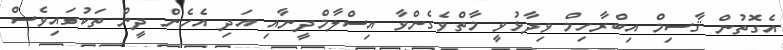
އެގޮތުން ޤާސިމް އިބްރާހިމް ވިދާޅުވީ މާތްވެގެންވާ އިސްލާމްދީނާއި އަދި އެހެން ދީން ތަކުގައިވެސް